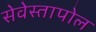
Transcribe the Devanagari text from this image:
सेवेस्तापोल